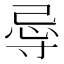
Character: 𭔲